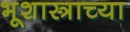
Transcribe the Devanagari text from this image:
भूशास्त्राच्या